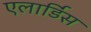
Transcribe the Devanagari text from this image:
एलार्डिस